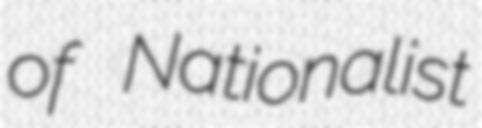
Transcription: of Nationalist